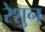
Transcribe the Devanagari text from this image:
रेशुन